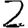
Digit: 2